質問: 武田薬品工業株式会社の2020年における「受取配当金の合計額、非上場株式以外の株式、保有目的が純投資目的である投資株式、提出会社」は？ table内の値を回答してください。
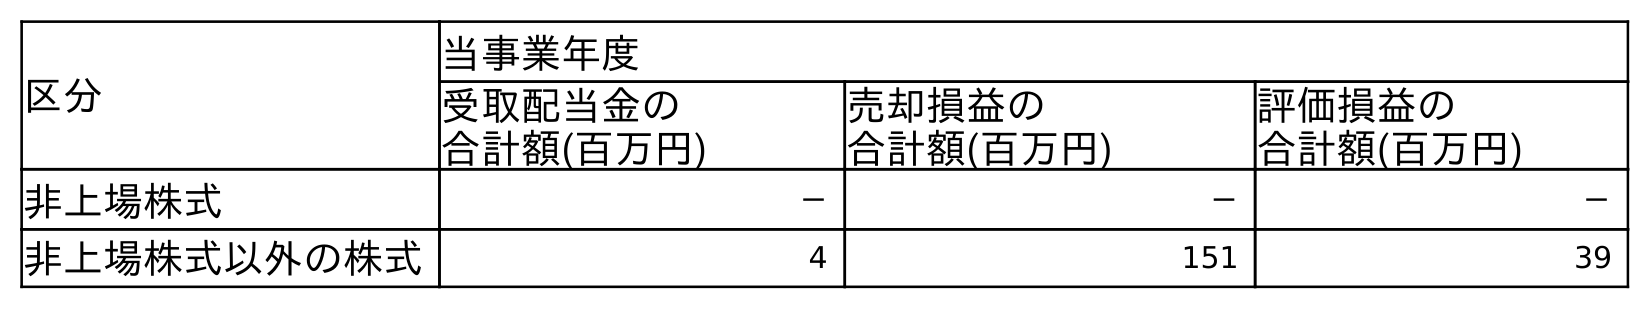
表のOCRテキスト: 区分 当事業年度 受取配当金の 合計額(百万円) 売却損益の 合計額(百万円) 評価損益の 合計額(百万円) 非上場株式 － － － 非上場株式以外の株式 4 151 39
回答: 4